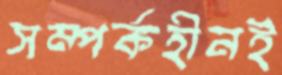
সম্পর্কহীনই